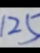
1 2 5